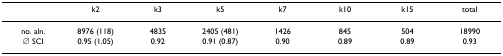
<table><thead><tr><td>[EMPTY_CELL]</td><td><b>k2</b></td><td><b>k3</b></td><td><b>k5</b></td><td><b>k7</b></td><td><b>k10</b></td><td><b>k15</b></td><td><b>total</b></td></tr></thead><tbody><tr><td>no. aln.</td><td>8976 (118)</td><td>4835</td><td>2405 (481)</td><td>1426</td><td>845</td><td>504</td><td>18990</td></tr><tr><td>∅ SCI</td><td>0.95 (1.05)</td><td>0.92</td><td>0.91 (0.87)</td><td>0.90</td><td>0.89</td><td>0.89</td><td>0.93</td></tr></tbody></table>